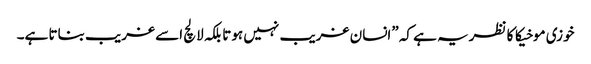
خوزی موخیکا کا نظریہ ہے کہ ”انسان غریب نہیں ہوتا بلکہ لالچ اسے غریب بناتا ہے۔